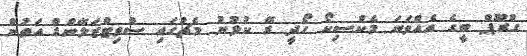
ގުރޫޕް ބީގެ އެއްވަނަ މެކްސިކޯ ހޯދީ ރޭ ކުޅުނު މެޗުގައި ސްވިޓްޒަލޭންޑް އަތުން